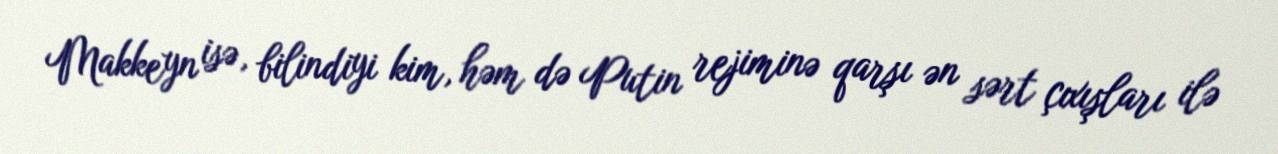
Makkeyn isə, bilindiyi kim, həm də Putin rejiminə qarşı ən sərt çıxışları ilə